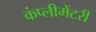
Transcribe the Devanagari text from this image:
कंप्लीमेंटरी